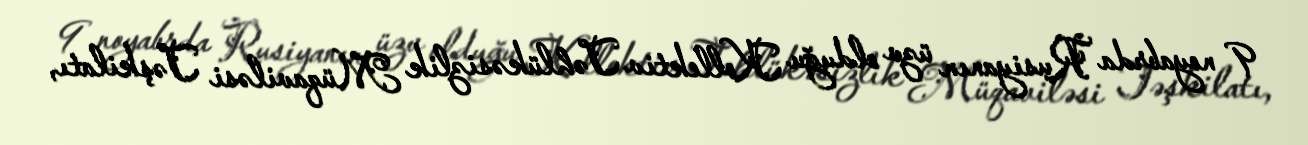
9 noyabrda Rusiyanın üzv olduğu Kollektiv Təhlükəsizlik Müqaviləsi Təşkilatı,